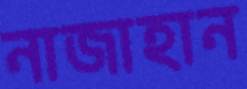
নাজাহান